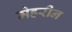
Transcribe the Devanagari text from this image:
मेहरीन